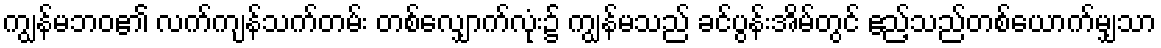
ကျွန်မဘဝ၏ လက်ကျန်သက်တမ်း တစ်လျှောက်လုံး၌ ကျွန်မသည် ခင်ပွန်းအိမ်တွင် ဧည့်သည်တစ်ယောက်မျှသာ